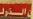
الهر